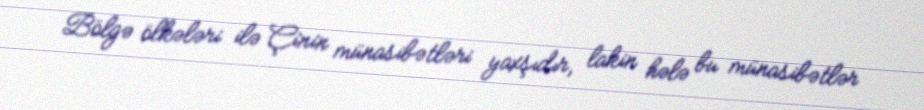
Bölgə ölkələri ilə Çinin münasibətləri yaxşıdır, lakin hələ bu münasibətlər